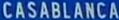
CASABLANCA